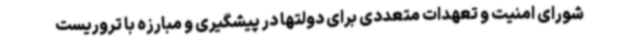
شورای امنیت و تعهدات متعددی برای دولتها در پیشگیری و مبارزه با تروریست